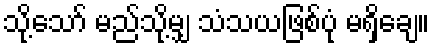
သို့သော် မည်သို့မျှ သံသယဖြစ်ပုံ မရှိချေ။